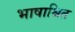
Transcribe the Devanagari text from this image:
भाषाश्रित